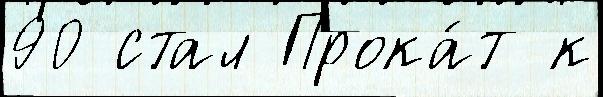
90 стал Прока́т к